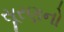
સૂરણનો